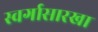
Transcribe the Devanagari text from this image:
स्वर्गासारखा